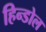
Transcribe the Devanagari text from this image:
हिन्डोल